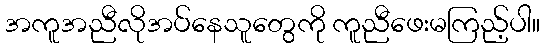
အကူအညီလိုအပ်နေသူတွေကို ကူညီဖေးမကြည့်ပါ။